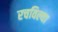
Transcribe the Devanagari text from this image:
रचविल्या